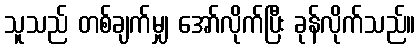
သူသည် တစ်ချက်မျှ အော်လိုက်ပြီး ခုန်လိုက်သည်။